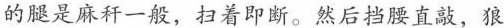
的腿是麻秆一般，扫着即断。然后挡腰直敲，狼